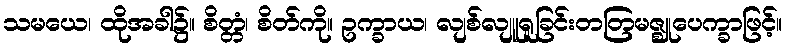
သမယေ၊ ထိုအခါ၌။ စိတ္တံ၊ စိတ်ကို။ ဥက္ခာယ၊ လျစ်လျူရူခြင်းတတြမဇ္ဈုပေက္ခာဖြင့်။